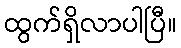
ထွက်ရှိလာပါပြီ။